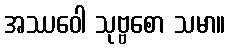
အဿဝေါ သုဗ္ဗစော သမာ။